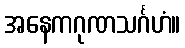
အနေကဂုဏသင်္ဂဟံ။